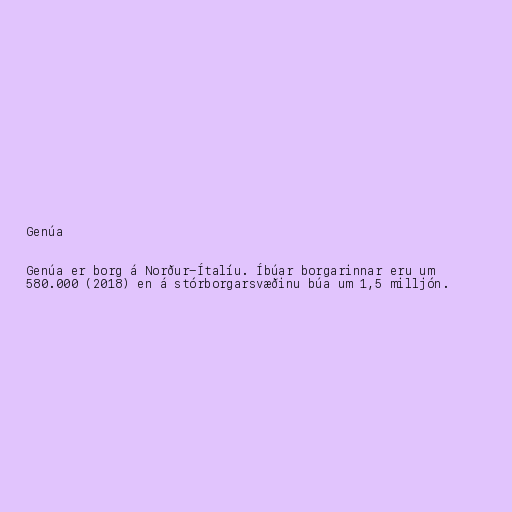
Genúa

Genúa er borg á Norður-Ítalíu. Íbúar borgarinnar eru um
580.000 (2018) en á stórborgarsvæðinu búa um 1,5 milljón.